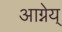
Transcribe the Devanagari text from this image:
आग्नेय्